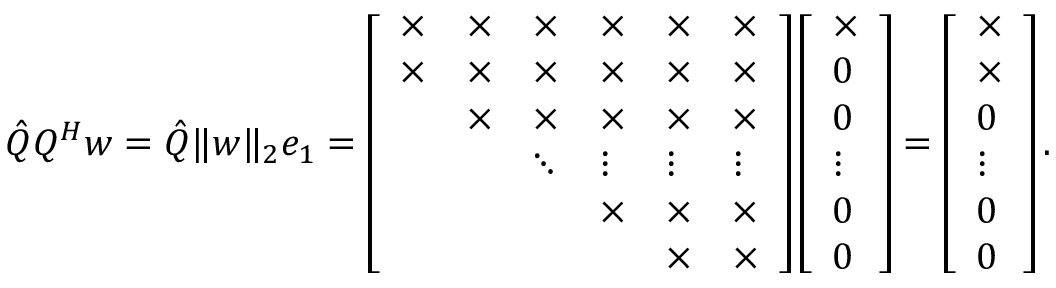
\hat { Q } Q ^ { H } w = \hat { Q } \Vert w \Vert _ { 2 } e _ { 1 } = \left[ \begin{array} { l l l l l l } { \times } & { \times } & { \times } & { \times } & { \times } & { \times } \\ { \times } & { \times } & { \times } & { \times } & { \times } & { \times } \\ & { \times } & { \times } & { \times } & { \times } & { \times } \\ & & { \ddots } & { \vdots } & { \vdots } & { \vdots } \\ & & & { \times } & { \times } & { \times } \\ & & & & { \times } & { \times } \end{array} \right] \left[ \begin{array} { l } { \times } \\ { 0 } \\ { 0 } \\ { \vdots } \\ { 0 } \\ { 0 } \end{array} \right] = \left[ \begin{array} { l } { \times } \\ { \times } \\ { 0 } \\ { \vdots } \\ { 0 } \\ { 0 } \end{array} \right] .